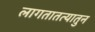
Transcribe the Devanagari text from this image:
लागतातत्यातुन